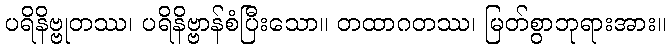
ပရိနိဗ္ဗုတဿ၊ ပရိနိဗ္ဗာန်စံပြီးသော။ တထာဂတဿ၊ မြတ်စွာဘုရားအား။